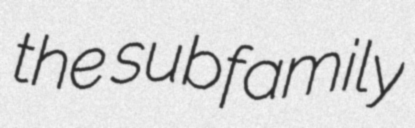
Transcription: the subfamily